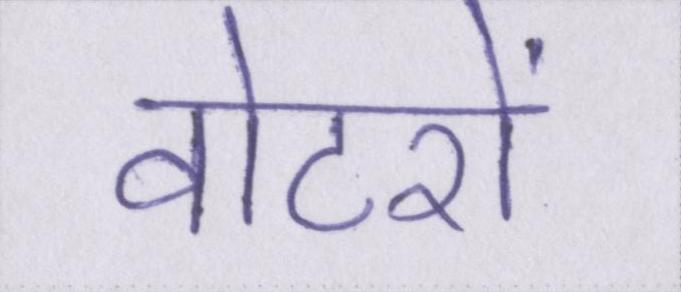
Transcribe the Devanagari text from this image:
वोटरों